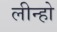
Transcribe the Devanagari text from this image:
लीन्हो